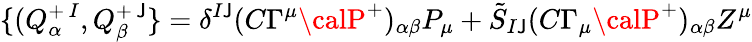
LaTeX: \{ (Q_{\alpha}^{+\, I},Q_{\beta}^{+\, \mathsf{J}}\} =\delta^{I\mathsf{J}}(C\Gamma^{\mu}{\calP}^{+})_{\alpha\beta}P_{\mu}+\tilde{{S}}_{I\mathsf{J}}(C\Gamma_{\mu}{\calP}^{+})_{\alpha\beta}Z^{\mu}